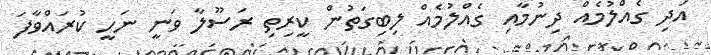
އަދި ގެއްލުމެއް ދިނުމާއި ގެއްލުމެއް ލިބިގަތުން ކީރިތި ރަސޫލާ ވަނީ ނަހީ ކުރައްވާފަ